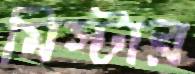
মিস্টার